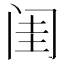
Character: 闺